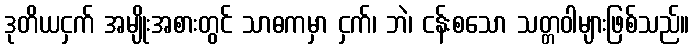
ဒုတိယငှက် အမျိုးအစားတွင် သာဓကမှာ ငှက်၊ ဘဲ၊ ငန်းစသော သတ္တဝါများဖြစ်သည်။